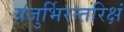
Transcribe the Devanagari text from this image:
यजुर्भिरन्तरिक्षं